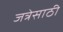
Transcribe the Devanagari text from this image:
जत्रेसाठी